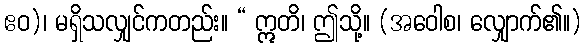
ဧဝ)၊ မရှိသလျှင်ကတည်း။ “ ဣတိ၊ ဤသို့။ (အဝေါစ၊ လျှောက်၏။)